Vaccination in the Punjab 1897-1904 - 1897-1904
Year: 1897
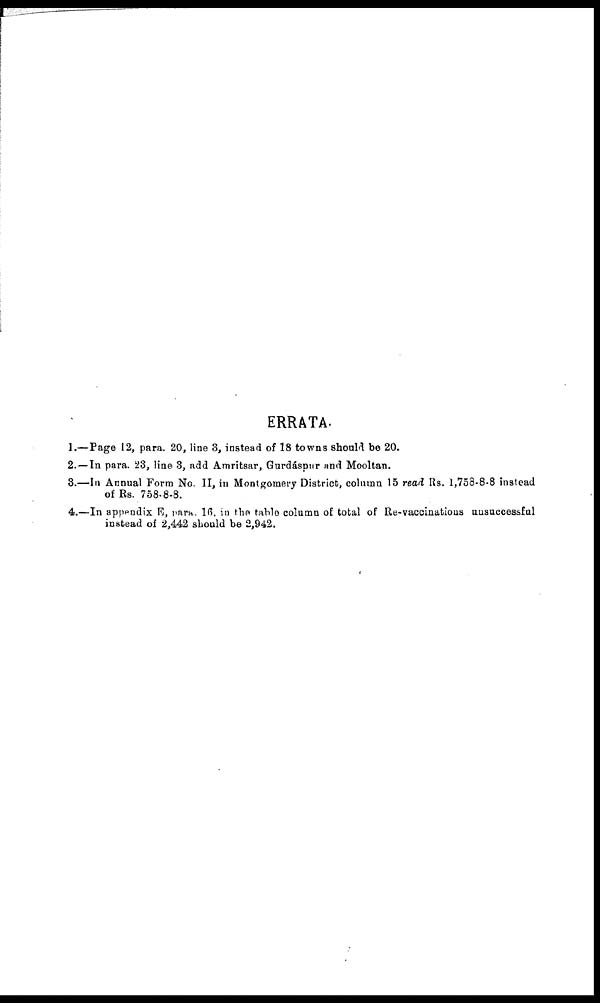
ERRATA.
1.— Page 12, para. 20, line 3, instead of 18 towns should be 20.
2.— In para. 23, line 3, add Amritsar, Gurdáspur and Mooltan.
3.—In Annual Form No. II, in Montgomery District, colnmn 15 read Rs. 1,758-8.8 instead
of Rs. 758-8-8.
4.—In apppndix E, para, 16, in the table column of total of Re-vaccinations unsuccessful
instead of 2,442 should be 2,942.